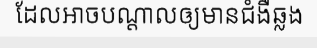
ដែលអាចបណ្តាលឲ្យមានជំងឺឆ្លង